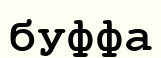
буффа